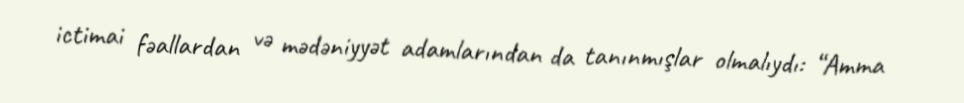
ictimai fəallardan və mədəniyyət adamlarından da tanınmışlar olmalıydı: “Amma